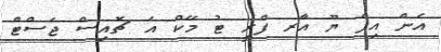
އެން އިފް ޔޫ އާރ ފްރީ ޓު މޭކް އަ ޗޮއިސް ޖަސްޓް